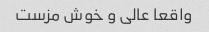
واقعا عالی و خوش مزست